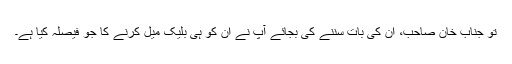
تو جناب خان صاحب، ان کی بات سننے کی بجائے آپ نے ان کو ہی بلیک میل کرنے کا جو فیصلہ کیا ہے۔